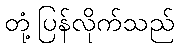
တုံ့ပြန်လိုက်သည်